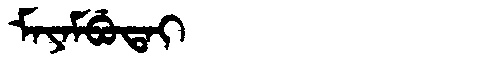
Manchu: ᠮᠠᠶᠠᠮᠪᡠᡨᠠᡳ
Romanization: MAYAMBUTAI